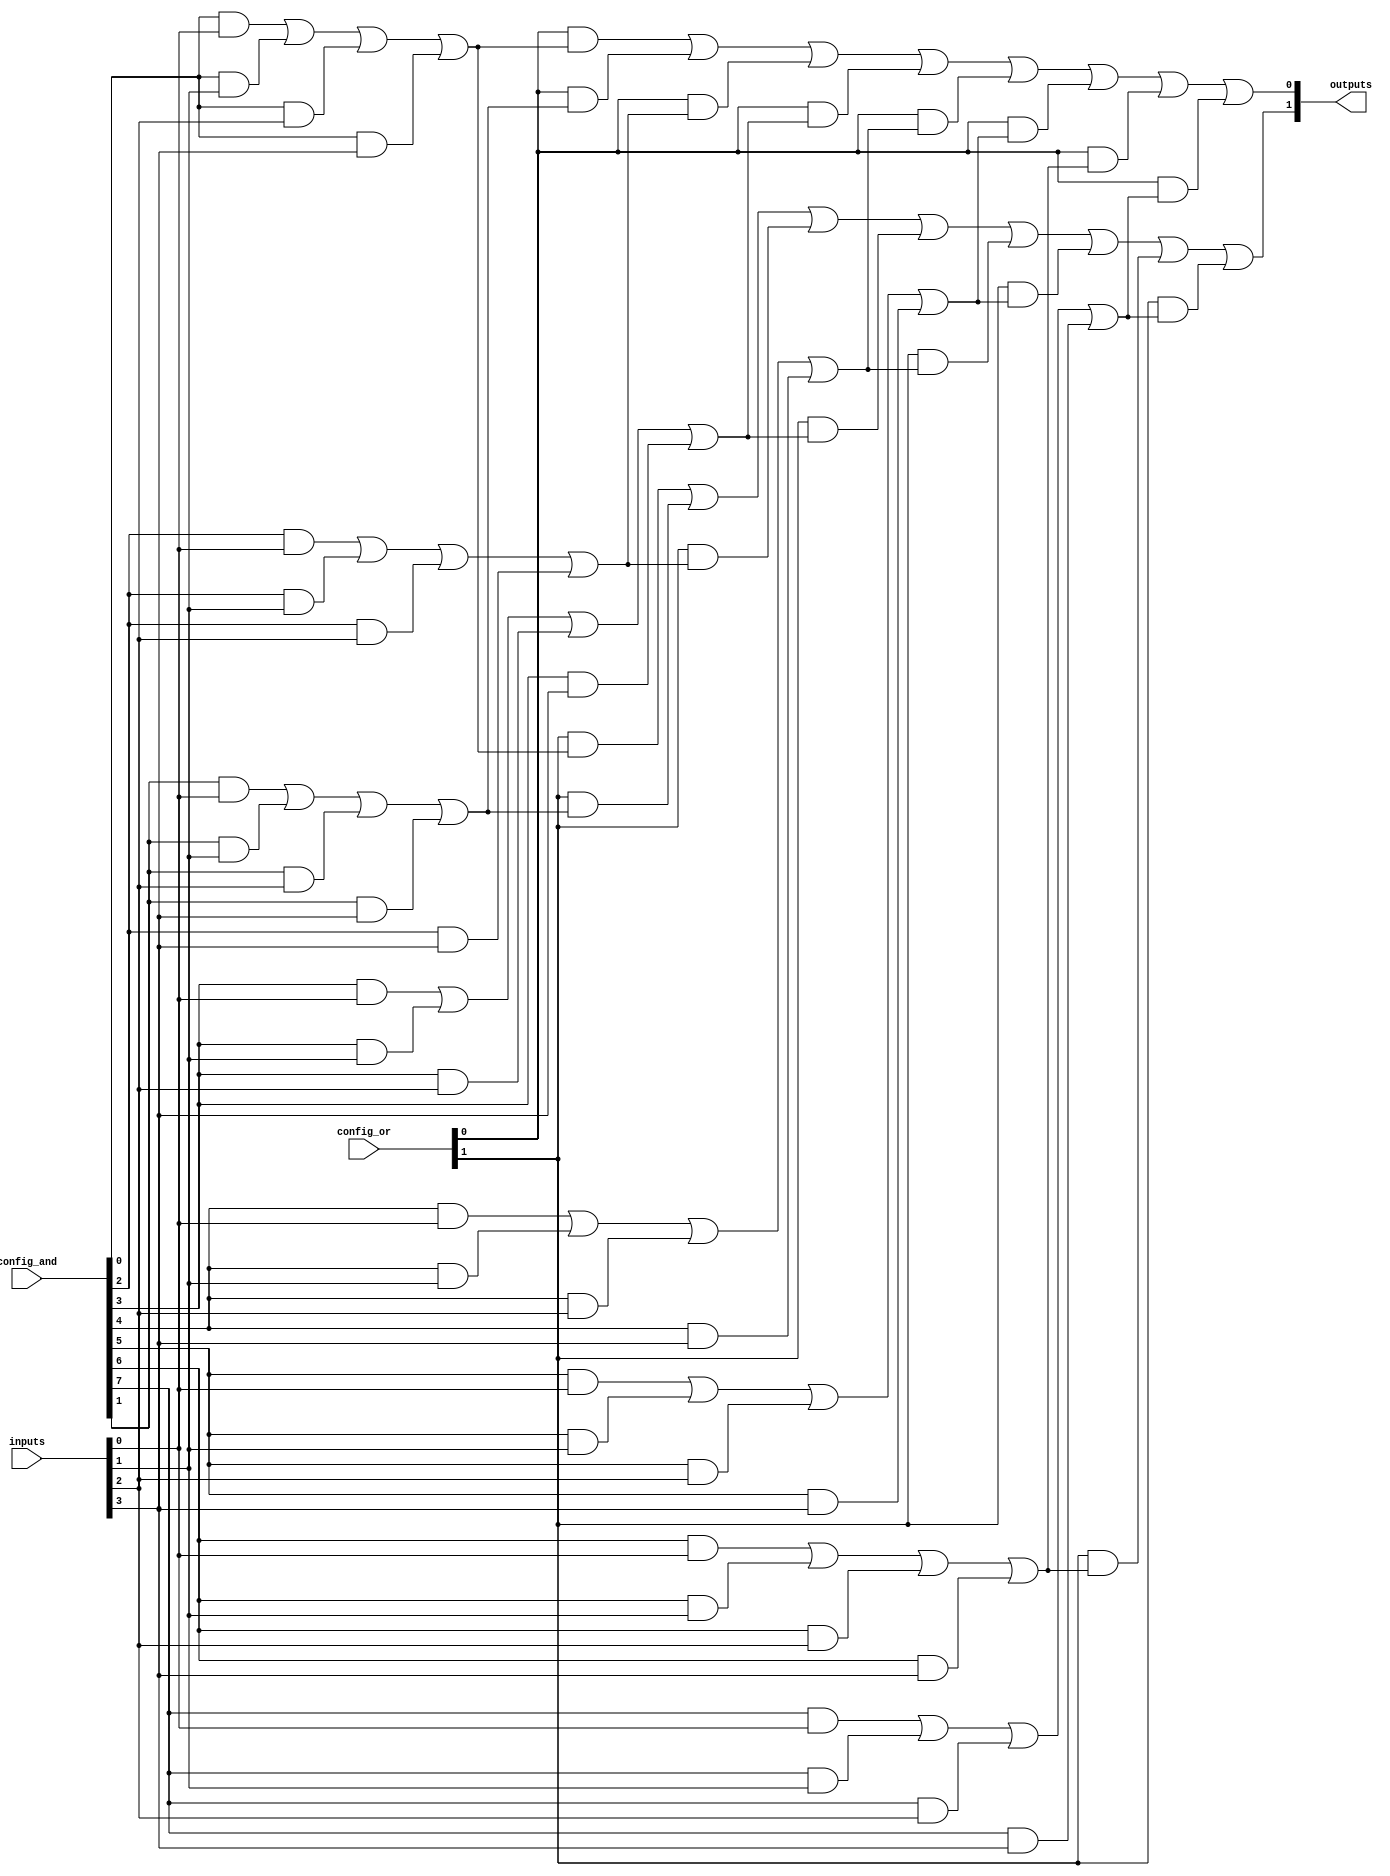
module CLB (
    input wire [N-1:0] inputs,  // N input signals
    input wire [M-1:0] config_and, // Configuration for AND gates
    input wire [P-1:0] config_or,  // Configuration for OR gates
    output wire [O-1:0] outputs    // O output signals
);
    parameter N = 4; // Number of inputs
    parameter M = 8; // Number of AND gates
    parameter P = 4; // Number of OR gates
    parameter O = 2; // Number of outputs

    // Internal wires for AND gate outputs
    wire [M-1:0] and_out;

    // AND Plane: Implementing programmable AND gates
    genvar i;
    generate
        for (i = 0; i < M; i = i + 1) begin : and_gates
            assign and_out[i] = (config_and[i] & inputs[0]) |
                                (config_and[i] & inputs[1]) |
                                (config_and[i] & inputs[2]) |
                                (config_and[i] & inputs[3]);
        end
    endgenerate

    // OR Plane: Implementing programmable OR gates
    genvar j;
    generate
        for (j = 0; j < O; j = j + 1) begin : or_gates
            assign outputs[j] = (config_or[j] & and_out[0]) |
                                (config_or[j] & and_out[1]) |
                                (config_or[j] & and_out[2]) |
                                (config_or[j] & and_out[3]) |
                                (config_or[j] & and_out[4]) |
                                (config_or[j] & and_out[5]) |
                                (config_or[j] & and_out[6]) |
                                (config_or[j] & and_out[7]);
        end
    endgenerate

endmodule